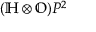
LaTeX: ( \mathbb { H } \otimes \mathbb { O } ) P ^ { 2 }